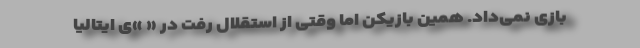
بازی نمی‌داد. همین بازیکن اما وقتی از استقلال رفت در « »ی ایتالیا